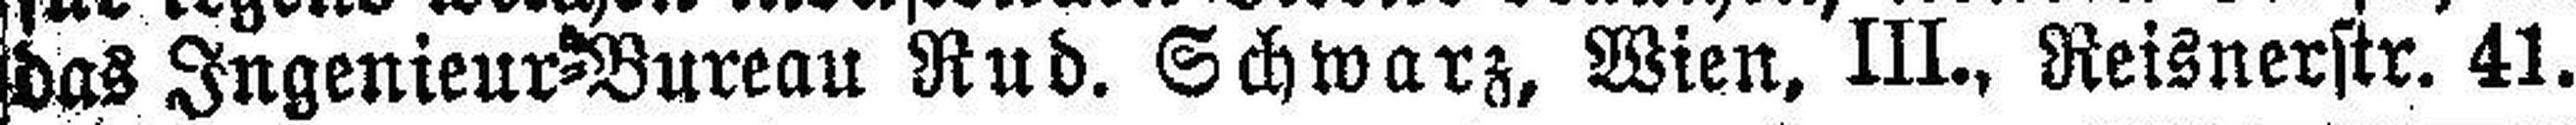
das Ingenieur=Bureau Rud. Schwarz, Wien, III., Reisnerstr. 41.